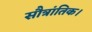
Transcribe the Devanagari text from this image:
सौत्रांतिक।